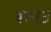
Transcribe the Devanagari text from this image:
बरनउ